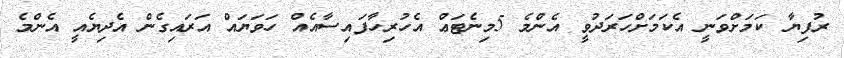
ރުފިޔާ ކަމަށްވަނީ އެކަމަށްހަރަދުވީ އެންމެ 5މިނެޓަޢް އެހުރިހާފައިސާއެއް ހަވަޔައް އަރައިގެން އެދިޔެއީ އެންމެ